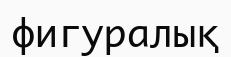
фигуралық